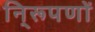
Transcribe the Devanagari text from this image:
नि्रूपणों